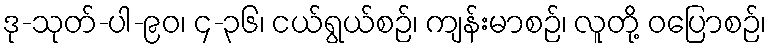
ဒု-သုတ်-ပါ-၉၀၊ ၄-၃၆၊ ငယ်ရွယ်စဉ်၊ ကျန်းမာစဉ်၊ လူတို့ ဝပြောစဉ်၊